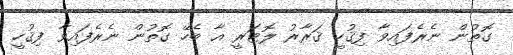
ގޮތުން ނެރެފައިވާ ފިޤުހީ ޤަރާރު ލޮޓަރީ އާ ބެހޭ ގޮތުން ނެރެފައިވާ ފިޤުހީ